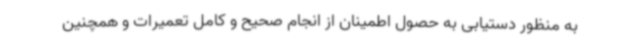
به منظور دستیابی به حصول اطمینان از انجام صحیح و کامل تعمیرات و همچنین